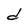
Character: d